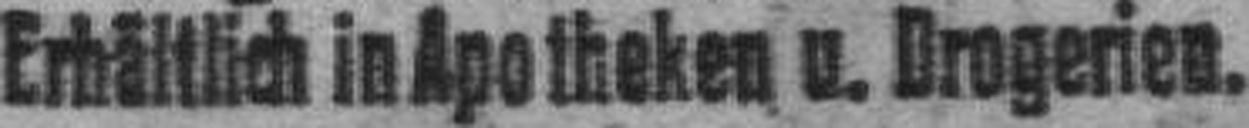
Erhältlich in Apotheken u. Drogerien.